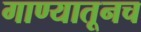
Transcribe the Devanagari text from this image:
गाण्यातूनच